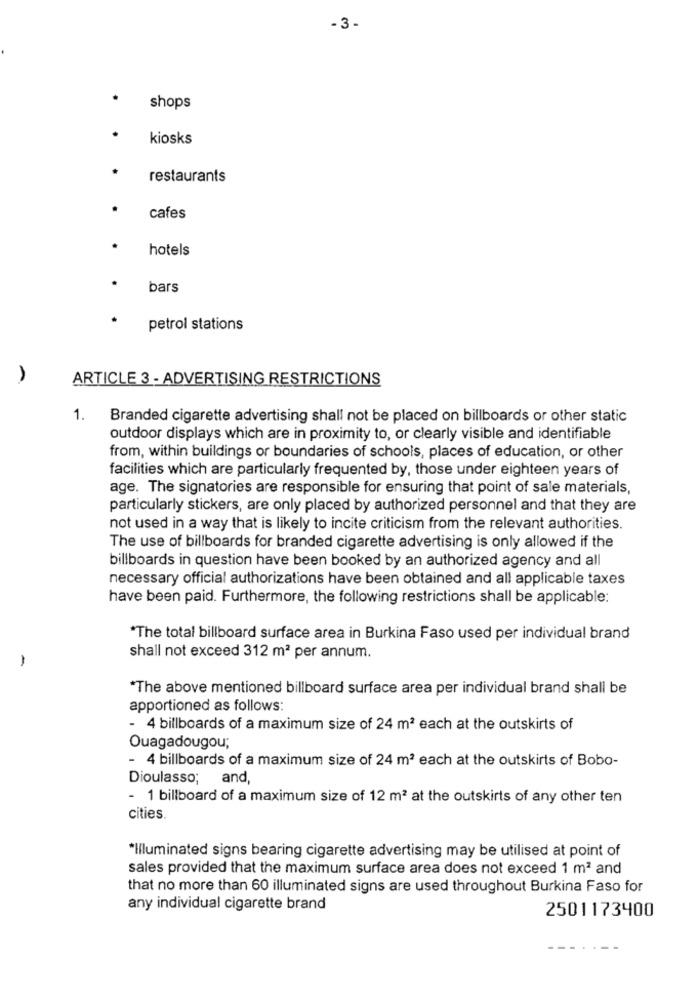
-3 -
shops
kiosks
restaurants
cafes
hotels
bars
petrol stations
ARTICLE 3 - ADVERTISING RESTRICTIONS
1.
Branded cigarette advertising shall not be placed on billboards or other static
outdoor displays which are in proximity to, or clearly visible and identifiable
from, within buildings or boundaries of schools, places of education, or other
facilities which are particularly frequented by, those under eighteen years of
age. The signatories are responsible for ensuring that point of sale materials,
particularly stickers, are only placed by authorized personnel and that they are
not used in a way that is likely to incite criticism from the relevant authorities.
The use of billboards for branded cigarette advertising is only allowed if the
billboards in question have been booked by an authorized agency and all
necessary official authorizations have been obtained and all applicable taxes
have been paid. Furthermore, the following restrictions shall be applicable:
*The total billboard surface area in Burkina Faso used per individual brand
-
shall not exceed 312 m2 per annum.
*The above mentioned billboard surface area per individual brand shall be
apportioned as follows:
- 4 billboards of a maximum size of 24 m2 each at the outskirts of
Ouagadougou;
- 4 billboards of a maximum size of 24 m2 each at the outskirts of Bobo-
Dioulasso; and,
1 billboard of a maximum size of 12 m2 at the outskirts of any other ten
cities.
"Illuminated signs bearing cigarette advertising may be utilised at point of
sales provided that the maximum surface area does not exceed 1 m2 and
that no more than 60 illuminated signs are used throughout Burkina Faso for
any individual cigarette brand
2501173400